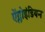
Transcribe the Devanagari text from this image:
ऐंग्लोइंडियन